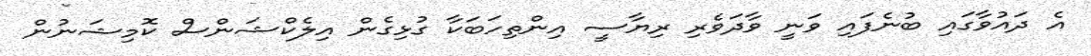
އެ ދައުވާގައި ބުނެފައި ވަނީ ވާދަވެރި ރިޔާސީ އިންތިހަބަކާ ގުޅިގެން އިލެކްޝަންސް ކޮމިޝަނުން